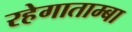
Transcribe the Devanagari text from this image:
रहेगाताम्बा